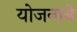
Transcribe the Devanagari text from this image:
योजनाने